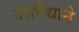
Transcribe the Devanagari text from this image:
दंतवैद्याने